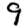
Digit: 9